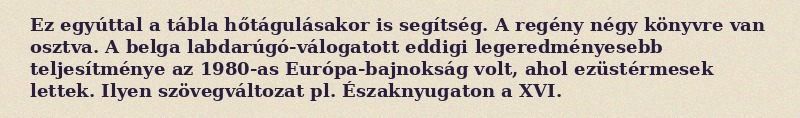
Ez egyúttal a tábla hőtágulásakor is segítség. A regény négy könyvre van osztva. A belga labdarúgó-válogatott eddigi legeredményesebb teljesítménye az 1980-as Európa-bajnokság volt, ahol ezüstérmesek lettek. Ilyen szövegváltozat pl. Északnyugaton a XVI.